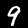
Label: 9